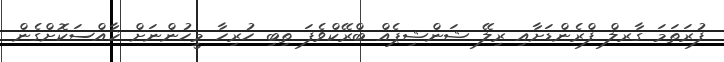
ފުރަތަމަ ގާރލް ފްރެންޑަށާއި ރިލޭ ޝަންޝިޕެއް ބްރޭކްވެފަ ތިބި ހުރިހާ މީހުންނަށް ޚާއްސަކޮށްގެން